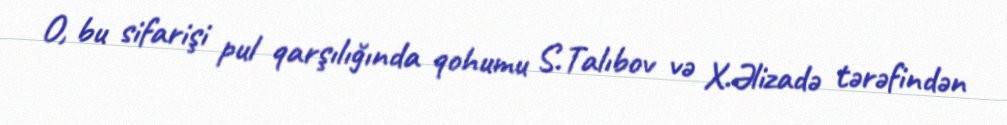
O, bu sifarişi pul qarşılığında qohumu S.Talıbov və X.Əlizadə tərəfindən